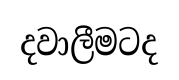
දවාලීමටද